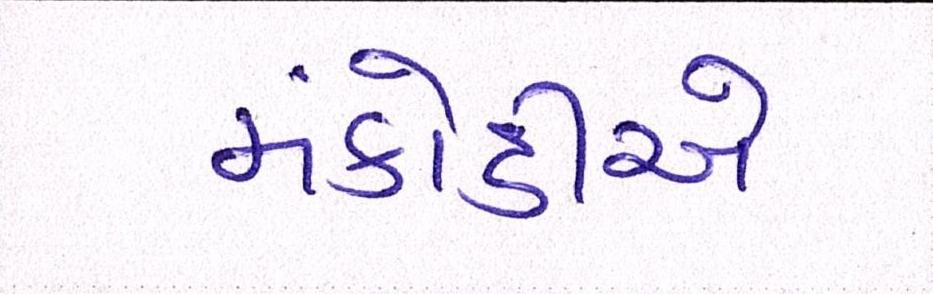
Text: મંકોડીએ